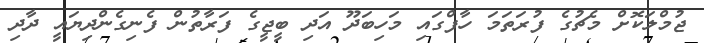
ޖުމްލަކޮށް މެޗުގެ ފުރަތަމަ ހާފްގައި މަހިބަދޫ އަދި ބީޖީގެ ފަރާތުން ފެނިގެންދިޔައީ ދާދި